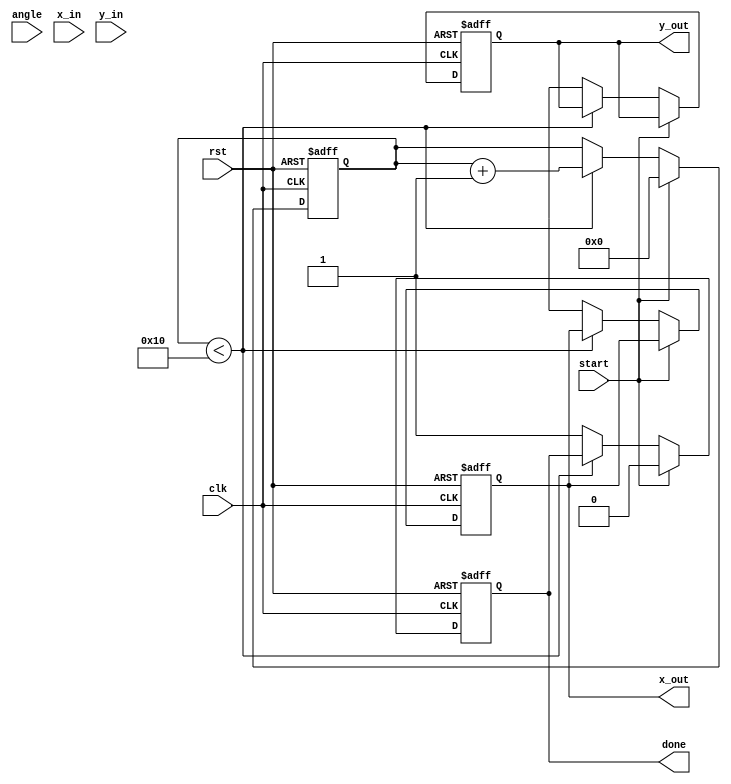
module CORDIC (
    input wire clk,
    input wire rst,
    input wire start,
    input wire [15:0] angle, // Input angle in fixed-point representation
    input wire [15:0] x_in,  // Input x-coordinate
    input wire [15:0] y_in,  // Input y-coordinate
    output reg [15:0] x_out,  // Output x-coordinate (cosine)
    output reg [15:0] y_out,  // Output y-coordinate (sine)
    output reg done
);

    // CORDIC parameters
    parameter NUM_ITERATIONS = 16;
    reg [15:0] x [0:NUM_ITERATIONS-1];
    reg [15:0] y [0:NUM_ITERATIONS-1];
    reg [15:0] z [0:NUM_ITERATIONS-1];
    reg [15:0] atan_table [0:NUM_ITERATIONS-1];
    reg [3:0] iteration;
    reg [15:0] x_temp, y_temp, z_temp;

    // Initialize arctangent values
    initial begin
        atan_table[0] = 16'h2000; // atan(2^0)
        atan_table[1] = 16'h1000; // atan(2^-1)
        atan_table[2] = 16'h0800; // atan(2^-2)
        atan_table[3] = 16'h0400; // atan(2^-3)
        atan_table[4] = 16'h0200; // atan(2^-4)
        atan_table[5] = 16'h0100; // atan(2^-5)
        atan_table[6] = 16'h0080; // atan(2^-6)
        atan_table[7] = 16'h0040; // atan(2^-7)
        atan_table[8] = 16'h0020; // atan(2^-8)
        atan_table[9] = 16'h0010; // atan(2^-9)
        atan_table[10] = 16'h0008; // atan(2^-10)
        atan_table[11] = 16'h0004; // atan(2^-11)
        atan_table[12] = 16'h0002; // atan(2^-12)
        atan_table[13] = 16'h0001; // atan(2^-13)
        atan_table[14] = 16'h0001; // atan(2^-14)
        atan_table[15] = 16'h0000; // atan(2^-15
    end

    // State machine for CORDIC iterations
    always @(posedge clk or posedge rst) begin
        if (rst) begin
            iteration <= 0;
            x_out <= 0;
            y_out <= 0;
            done <= 0;
        end else if (start) begin
            // Initialize inputs
            x[0] <= x_in;
            y[0] <= y_in;
            z[0] <= angle;
            iteration <= 0;
            done <= 0;
        end else if (iteration < NUM_ITERATIONS) begin
            // CORDIC rotation update
            if (z[iteration] < 0) begin
                x_temp = x[iteration] + (y[iteration] >>> iteration);
                y_temp = y[iteration] - (x[iteration] >>> iteration);
                z_temp = z[iteration] + atan_table[iteration];
            end else begin
                x_temp = x[iteration] - (y[iteration] >>> iteration);
                y_temp = y[iteration] + (x[iteration] >>> iteration);
                z_temp = z[iteration] - atan_table[iteration];
            end

            // Store results for next iteration
            x[iteration + 1] <= x_temp;
            y[iteration + 1] <= y_temp;
            z[iteration + 1] <= z_temp;

            // Increment iteration count
            iteration <= iteration + 1;
        end else begin
            // Final output after all iterations
            x_out <= x[NUM_ITERATIONS];
            y_out <= y[NUM_ITERATIONS];
            done <= 1;
        end
    end

endmodule